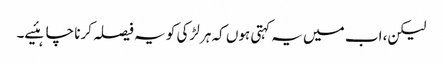
لیکن، اب میں یہ کہتی ہوں کہ ہر لڑکی کو یہ فیصلہ کرنا چاہئیے۔